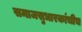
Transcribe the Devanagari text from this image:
समाजसुधारकांचीच